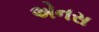
એનસ